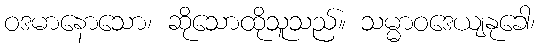
ဝဒမာနောသော၊ ဆိုသောထိုသူသည်။ သမ္မာဝဒေယျနုခေါ၊